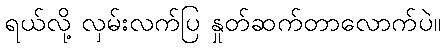
ရယ်လို့ လှမ်းလက်ပြ နှုတ်ဆက်တာလောက်ပဲ။